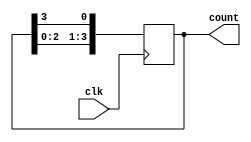
module ring_counter (
    input wire clk,
    output reg [3:0] count
);

always @(posedge clk) begin
    count <= {count[2:0], count[3]};
end

endmodule